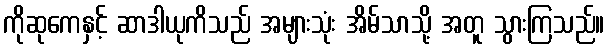
ကိုဆုကေနှင့် ဆာဒါယုကိသည် အများသုံး အိမ်သာသို့ အတူ သွားကြသည်။